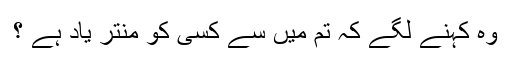
وہ کہنے لگے کہ تم میں سے کسی کو منتر یاد ہے ؟